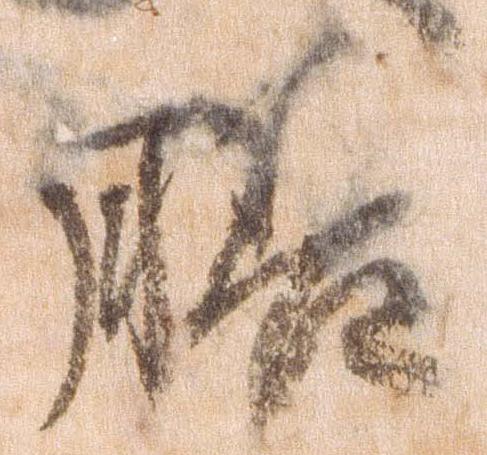
膳